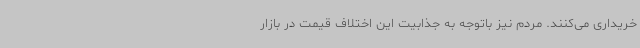
خریداری می‌کنند. مردم نیز باتوجه به جذابیت این اختلاف قیمت در بازار